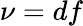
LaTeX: \nu=df